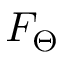
F _ { \Theta }